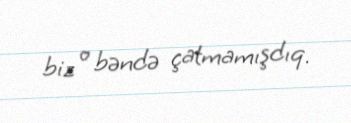
biz o bəndə çatmamışdıq.